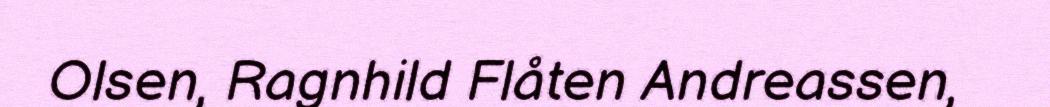
Olsen, Ragnhild Flåten Andreassen,